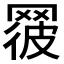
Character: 𦋕